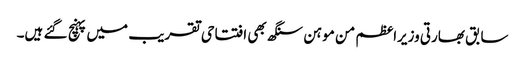
سابق بھارتی وزیراعظم من موہن سنگھ بھی افتتاحی تقریب میں پہنچ گئے ہیں۔